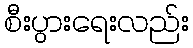
စီးပွားရေးလည်း